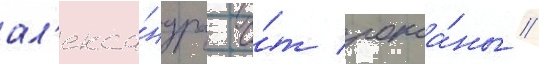
ал'екса́ндра о́т рокса́ны //